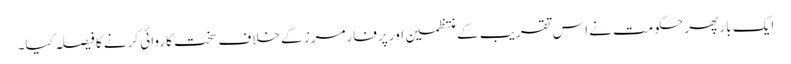
ایک بار پھر حکومت نے اس تقریب کے منتظمین اور پرفارمرز کے خلاف سخت کاروائی کرنے کا فیصلہ کیا۔